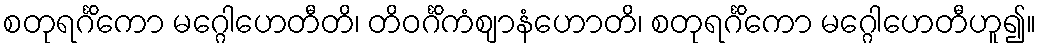
စတုရင်္ဂိကော မဂ္ဂေါဟေတီတိ၊ တိဝင်္ဂိကံဈာနံဟောတိ၊ စတုရင်္ဂိကော မဂ္ဂေါဟေတီဟူ၍။